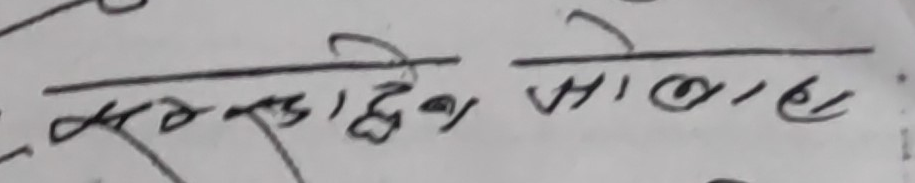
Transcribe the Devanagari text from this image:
महादेव साबाएल